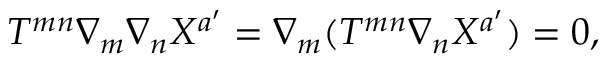
T ^ { m n } \nabla _ { m } \nabla _ { n } X ^ { a ^ { \prime } } = \nabla _ { m } ( T ^ { m n } \nabla _ { n } X ^ { a ^ { \prime } } ) = 0 ,